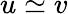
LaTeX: u\simeq v